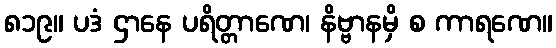
၈၁၉။ ပဒံ ဌာနေ ပရိတ္တာဏေ၊ နိဗ္ဗာနမှိ စ ကာရဏေ။